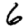
Digit: 6